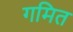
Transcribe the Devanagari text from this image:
गमित